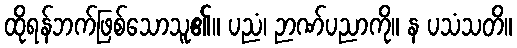
ထိုရန်ဘက်ဖြစ်သောသူ၏။ ပညံ၊ ဉာဏ်ပညာကို။ န ပသံသတိ။